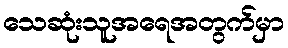
သေဆုံးသူအရေအတွက်မှာ